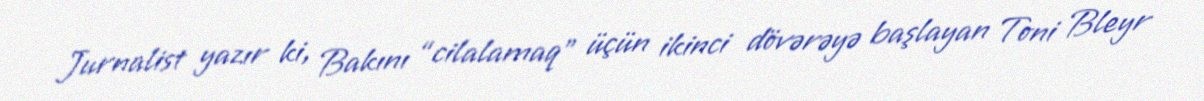
Jurnalist yazır ki, Bakını “cilalamaq” üçün ikinci dövərəyə başlayan Toni Bleyr